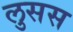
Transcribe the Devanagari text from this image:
लुसस